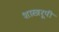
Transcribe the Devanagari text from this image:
शास्त्ररूपी